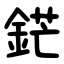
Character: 鋩